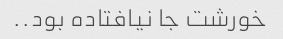
خورشت جا نیافتاده بود..